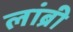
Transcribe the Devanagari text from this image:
लांब्री